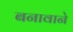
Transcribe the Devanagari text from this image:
बनावाने